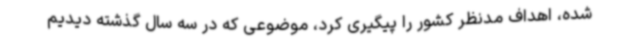
شده، اهداف مدنظر کشور را پیگیری کرد، موضوعی که در سه سال گذشته دیدیم